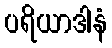
ပရိယာဒါနံ